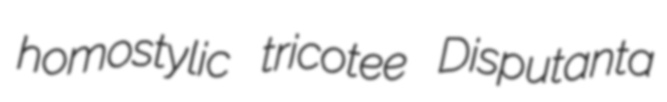
homostylic tricotee Disputanta